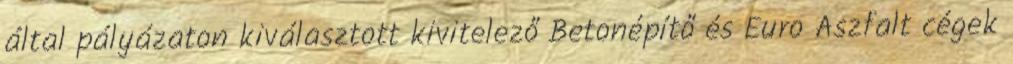
által pályázaton kiválasztott kivitelező Betonépítő és Euro Aszfalt cégek